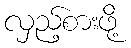
လှည့်စားဖို့